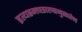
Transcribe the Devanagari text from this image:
इत्यस्मच्छास्त्रानुसारेण